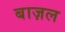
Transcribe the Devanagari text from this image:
बाज़ल